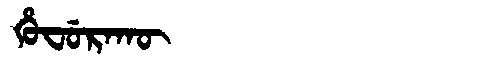
Manchu: ᡥᡠᠸᡠᡵᠠᡴᡡ
Romanization: HUFURAKŪ